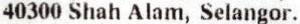
40300 SHAH ALAM, SELANGOR.